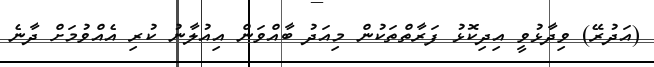
(އަދުރޭ) ވިދާޅުވީ އިދިކޮޅު ފަރާތްތަކުން މިއަދު ބާއްވަން އިއުލާނު ކުރި އެއްވުމަށް ދާނެ